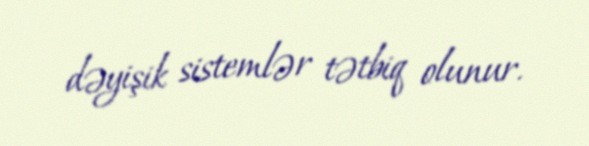
dəyişik sistemlər tətbiq olunur.